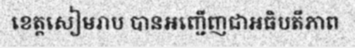
ខេត្តសៀមរាប បានអញ្ជើញជាអធិបតីភាព